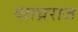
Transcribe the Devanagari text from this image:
व्याघ्रराज